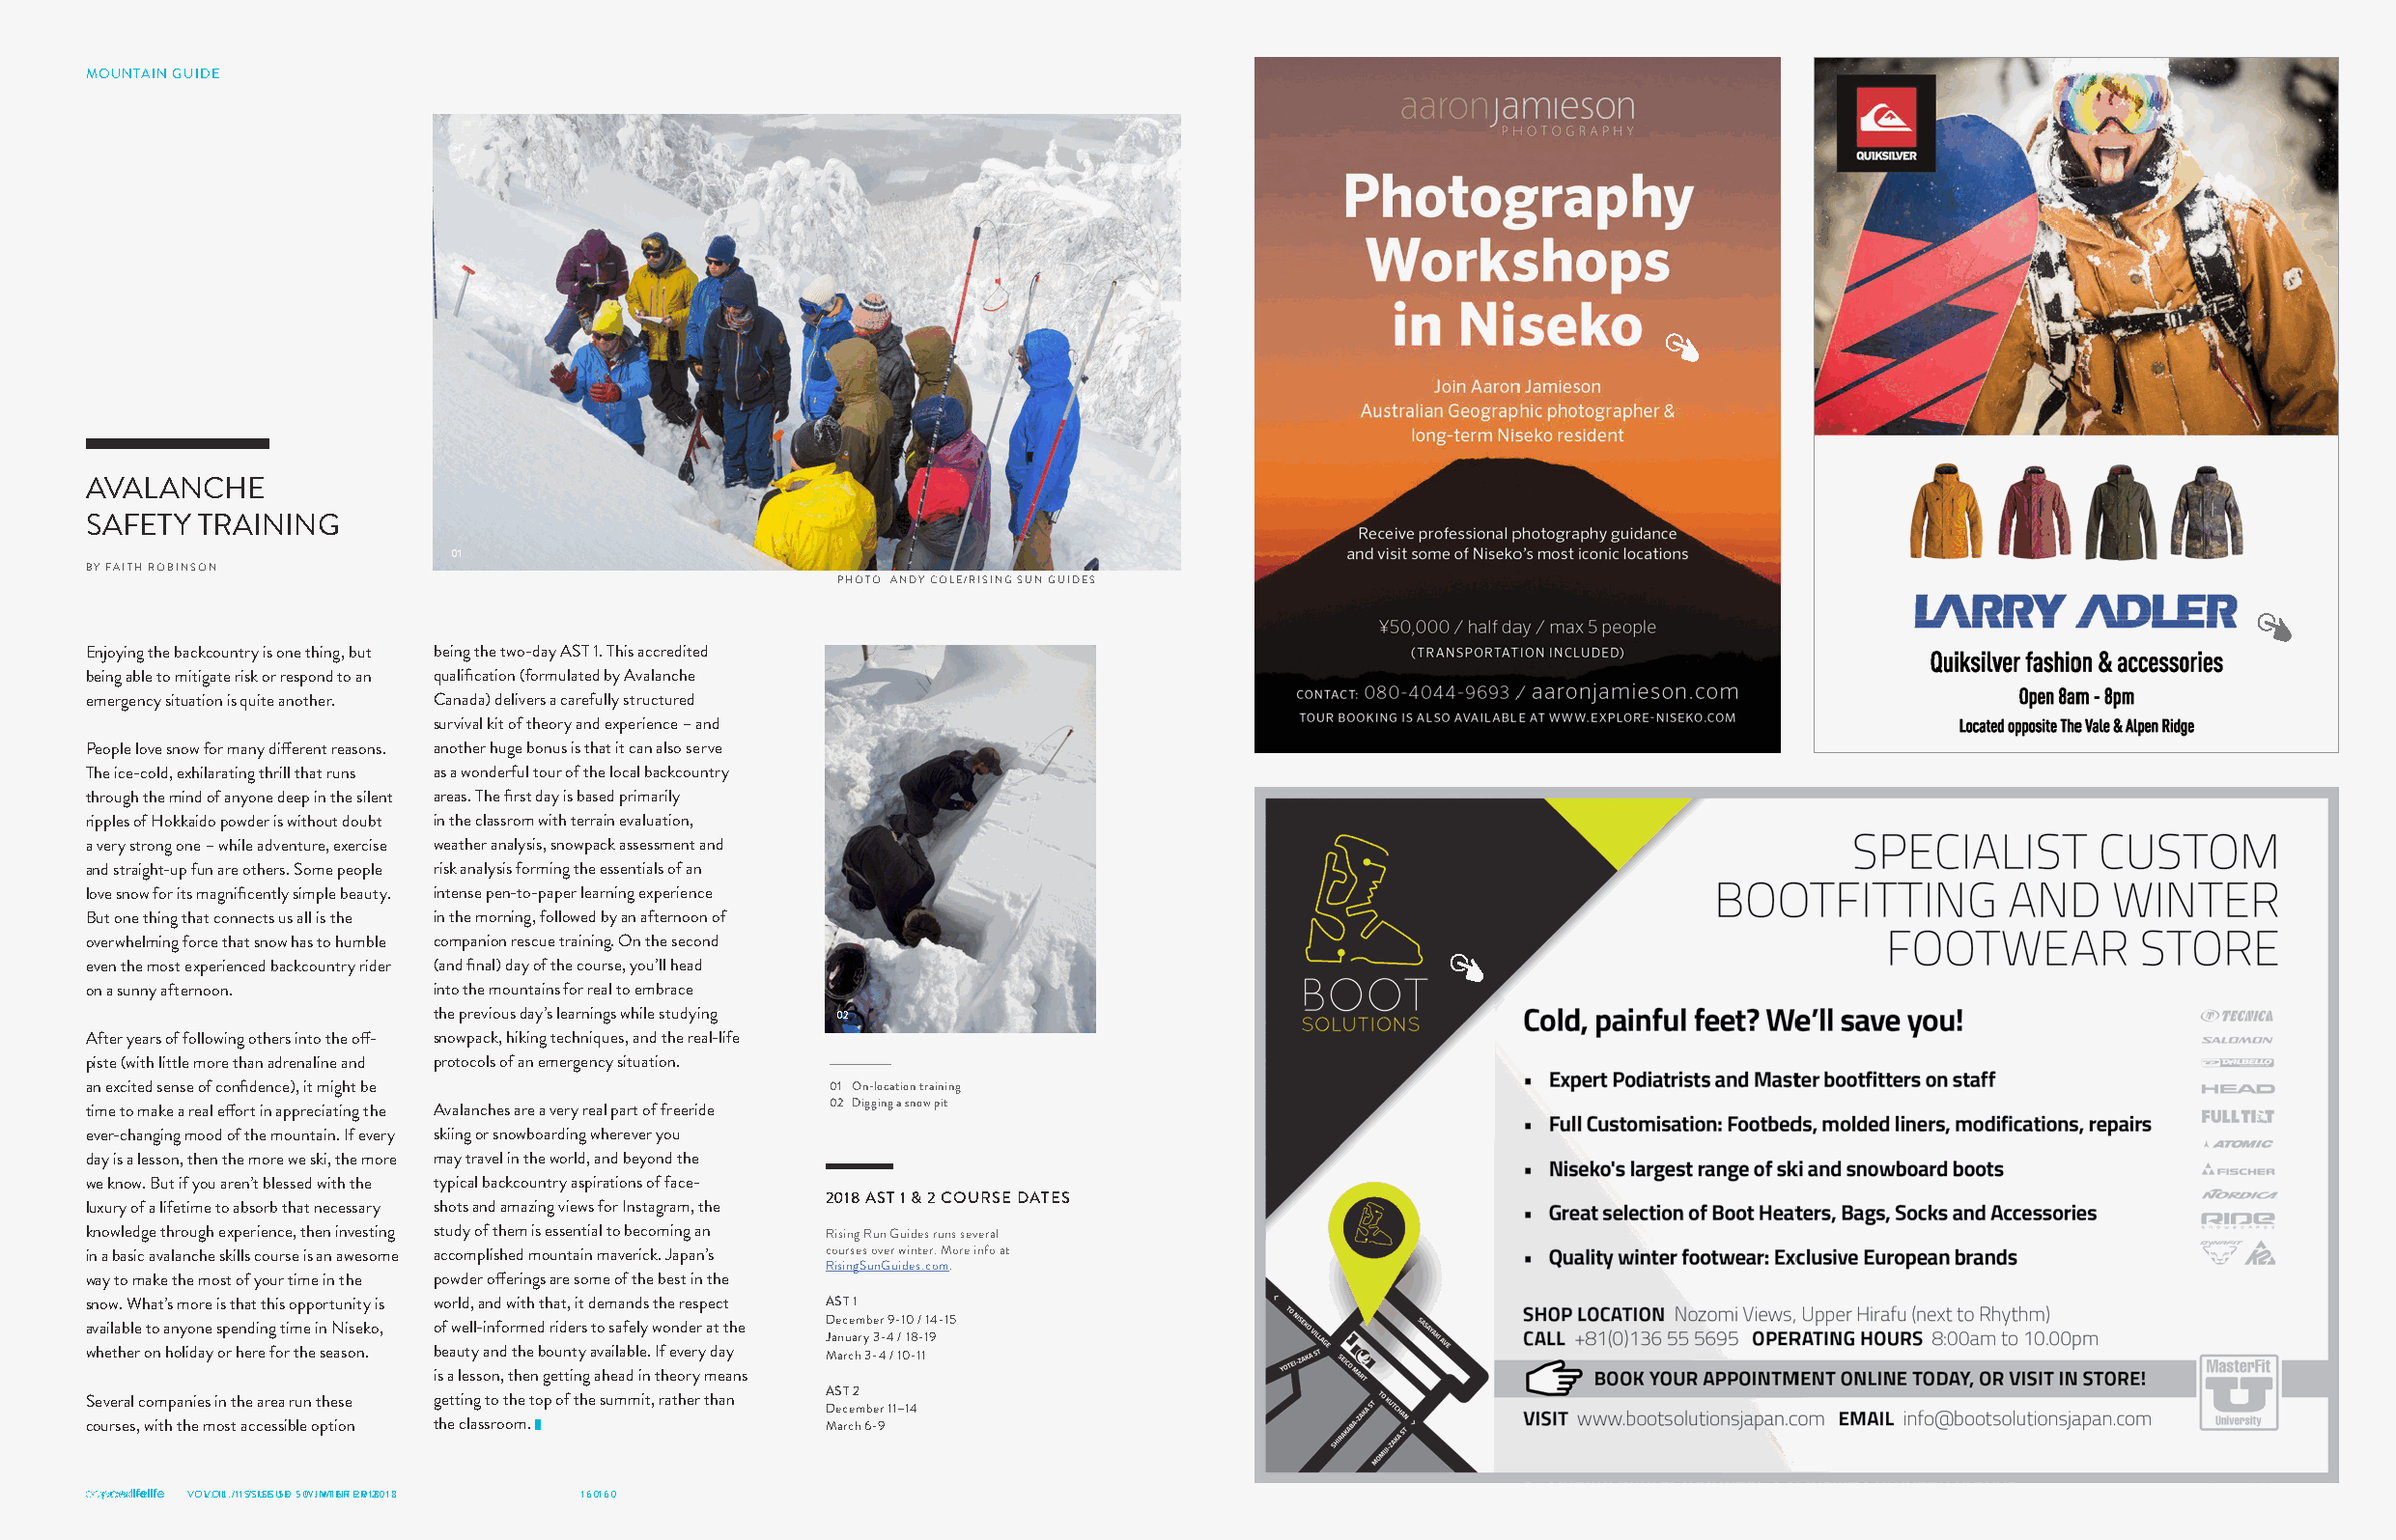
MOUNTAIN GUIDE
 AVALANCHE
 SAFETY  TRAINING
 01
 BY FAITH ROBINSON
 PHOTO ANDY COLE/RISING SUN GUIDES
 Enjoying the backcountry is one thing, but being the two-day AST 1. This accredited
 being able to mitigate risk or respond to an qualification (formulated by Avalanche
 emergency situation is quite another. Canada) delivers a carefully structured
 survival kit of theory and experience – and
 People love snow for many different reasons. another huge bonus is that it can also serve
 The ice-cold, exhilarating thrill that runs as a wonderful tour of the local backcountry
 through the mind of anyone deep in the silent areas. The first day is based primarily
 ripples of Hokkaido powder is without doubt in the classrom with terrain evaluation,
 a very strong one – while adventure, exercise weather analysis, snowpack assessment and
 and straight-up fun are others. Some people risk analysis forming the essentials of an
 love snow for its magnificently simple beauty. intense pen-to-paper learning experience
 But one thing that connects us all is the in the morning, followed by an afternoon of
 overwhelming force that snow has to humble companion rescue training. On the second
 even the most experienced backcountry rider (and final) day of the course, you’ll head
 on a sunny afternoon.   into the mountains for real to embrace
 the previous day’s learnings while studying 02
 After years of following others into the off- snowpack, hiking techniques, and the real-life
 piste (with little more than adrenaline and protocols of an emergency situation.
 an excited sense of confidence), it might be       01 On-location training
 time to make a real effort in appreciating the Avalanches are a very real part of freeride 02 Digging a snow pit
 ever-changing mood of the mountain. If every skiing or snowboarding wherever you
 day is a lesson, then the more we ski, the more may travel in the world, and beyond the
 we know. But if you aren’t blessed with the typical backcountry aspirations of face-
 2018 AST 1 & 2 COURSE DATES
 luxury of a lifetime to absorb that necessary shots and amazing views for Instagram, the
 knowledge through experience, then investing study of them is essential to becoming an Rising Run Guides runs several
 in a basic avalanche skills course is an awesome accomplished mountain maverick. Japan’s courses over winter. More info at
 RisingSunGuides.com.
 way to make the most of your time in the powder offerings are some of the best in the
 snow. What’s more is that this opportunity is world, and with that, it demands the respect AST 1
 December 9-10 / 14-15
 available to anyone spending time in Niseko, of well-informed riders to safely wonder at the
 January 3-4 / 18-19
 whether on holiday or here for the season. beauty and the bounty available. If every day March 3-4 / 10-11
 is a lesson, then getting ahead in theory means
 AST 2
 Several companies in the area run these getting to the top of the summit, rather than
 December 11–14
 courses, with the most accessible option the classroom. █ March 6-9
 VOVL.O 1L1 ./ 1 I1S /S IUSES U5E0 5. 0W .I NWTIENRT E2R0 128018 1601 60